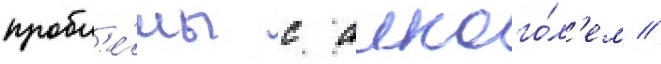
пробл'е́мы с алкого́л'ем //